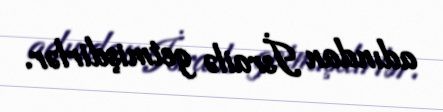
adından İsrailə getmişdirlər.